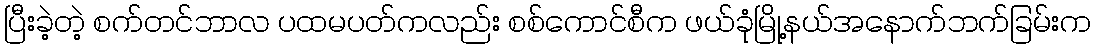
ပြီးခဲ့တဲ့ စက်တင်ဘာလ ပထမပတ်ကလည်း စစ်ကောင်စီက ဖယ်ခုံမြို့နယ်အနောက်ဘက်ခြမ်းက